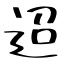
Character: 迢